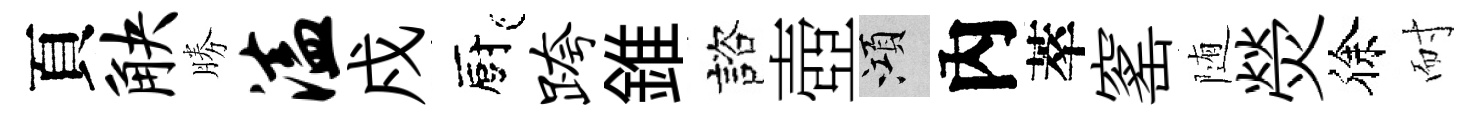
頁觖勝溘戍廚跨錐諮壺澒內萃窰随熒徐耐